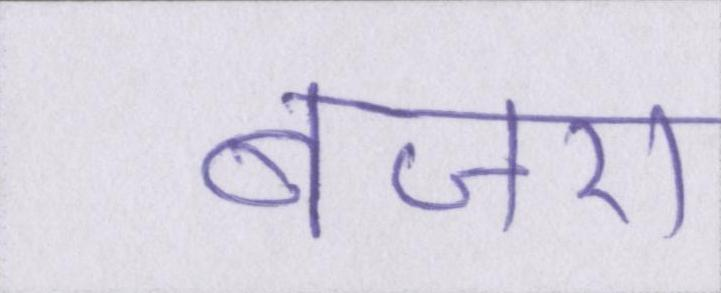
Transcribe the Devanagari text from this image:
बाजरा